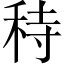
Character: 秲